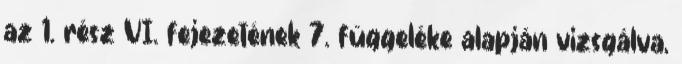
az 1. rész VI. fejezetének 7. függeléke alapján vizsgálva,